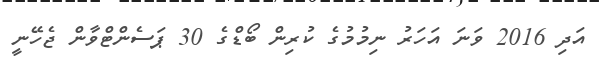
އަދި 2016 ވަނަ އަހަރު ނިމުމުގެ ކުރިން ބޯޑްގެ 30 ޕަސެންޓްވާން ޖެހޭނީ